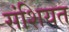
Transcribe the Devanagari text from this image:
संशियत